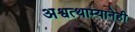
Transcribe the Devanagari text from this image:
अश्वत्थाम्यानेही